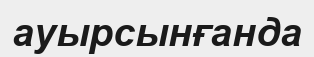
ауырсынғанда